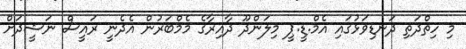
މި ހިތްދަތި ދަނޑިވަޅުގައި އެމް.ޑީ.ޕީ މިލަންދޫ ދާއިރާގެ މެމްބަރުން އެދެނީ ރައީސް ނަޝީދަށް